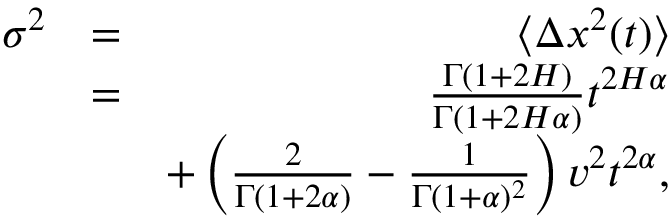
\begin{array} { r l r } { \sigma ^ { 2 } } & { = } & { \langle \Delta x ^ { 2 } ( t ) \rangle } \\ & { = } & { \frac { \Gamma ( 1 + 2 H ) } { \Gamma ( 1 + 2 H \alpha ) } t ^ { 2 H \alpha } } \\ & { } & { + \left( \frac { 2 } { \Gamma ( 1 + 2 \alpha ) } - \frac { 1 } { \Gamma ( 1 + \alpha ) ^ { 2 } } \right) v ^ { 2 } t ^ { 2 \alpha } , } \end{array}